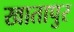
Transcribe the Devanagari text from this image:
खातापुर